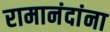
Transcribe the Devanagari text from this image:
रामानंदांना